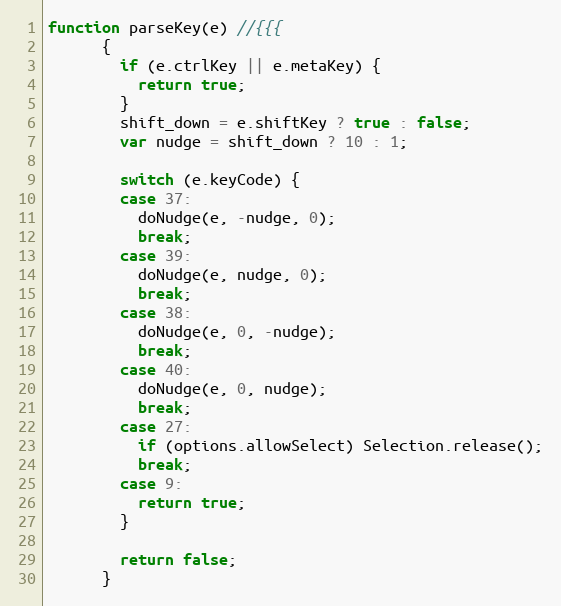
Language: JavaScript
function parseKey(e) //{{{
      {
        if (e.ctrlKey || e.metaKey) {
          return true;
        }
        shift_down = e.shiftKey ? true : false;
        var nudge = shift_down ? 10 : 1;

        switch (e.keyCode) {
        case 37:
          doNudge(e, -nudge, 0);
          break;
        case 39:
          doNudge(e, nudge, 0);
          break;
        case 38:
          doNudge(e, 0, -nudge);
          break;
        case 40:
          doNudge(e, 0, nudge);
          break;
        case 27:
          if (options.allowSelect) Selection.release();
          break;
        case 9:
          return true;
        }

        return false;
      }